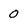
Character: 0